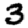
Digit: 3